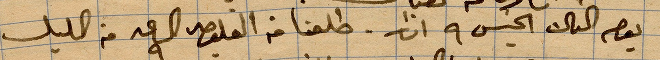
يوم الخميس ٩ اذار طلعنا من القلعة الساعة ٨ من الليل